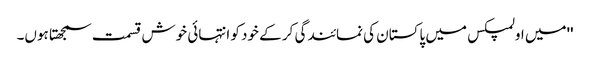
''میں اولمپکس میں پاکستان کی نمائندگی کر کے خود کو انتہائی خوش قسمت سمجھتا ہوں۔